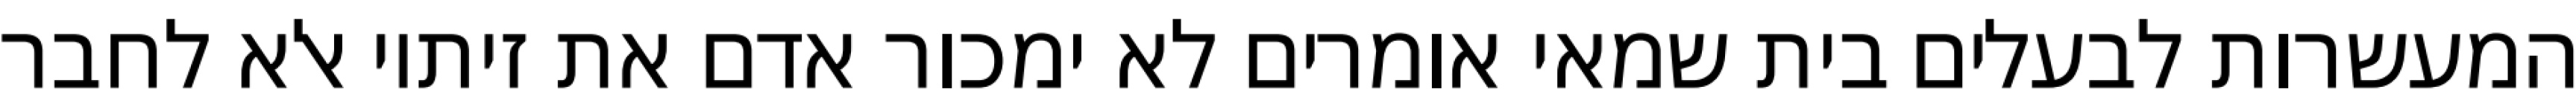
המעשרות לבעלים בית שמאי אומרים לא ימכור אדם את זיתיו אלא לחבר